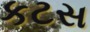
કટસ